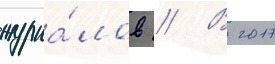
журна́лов // В 2017